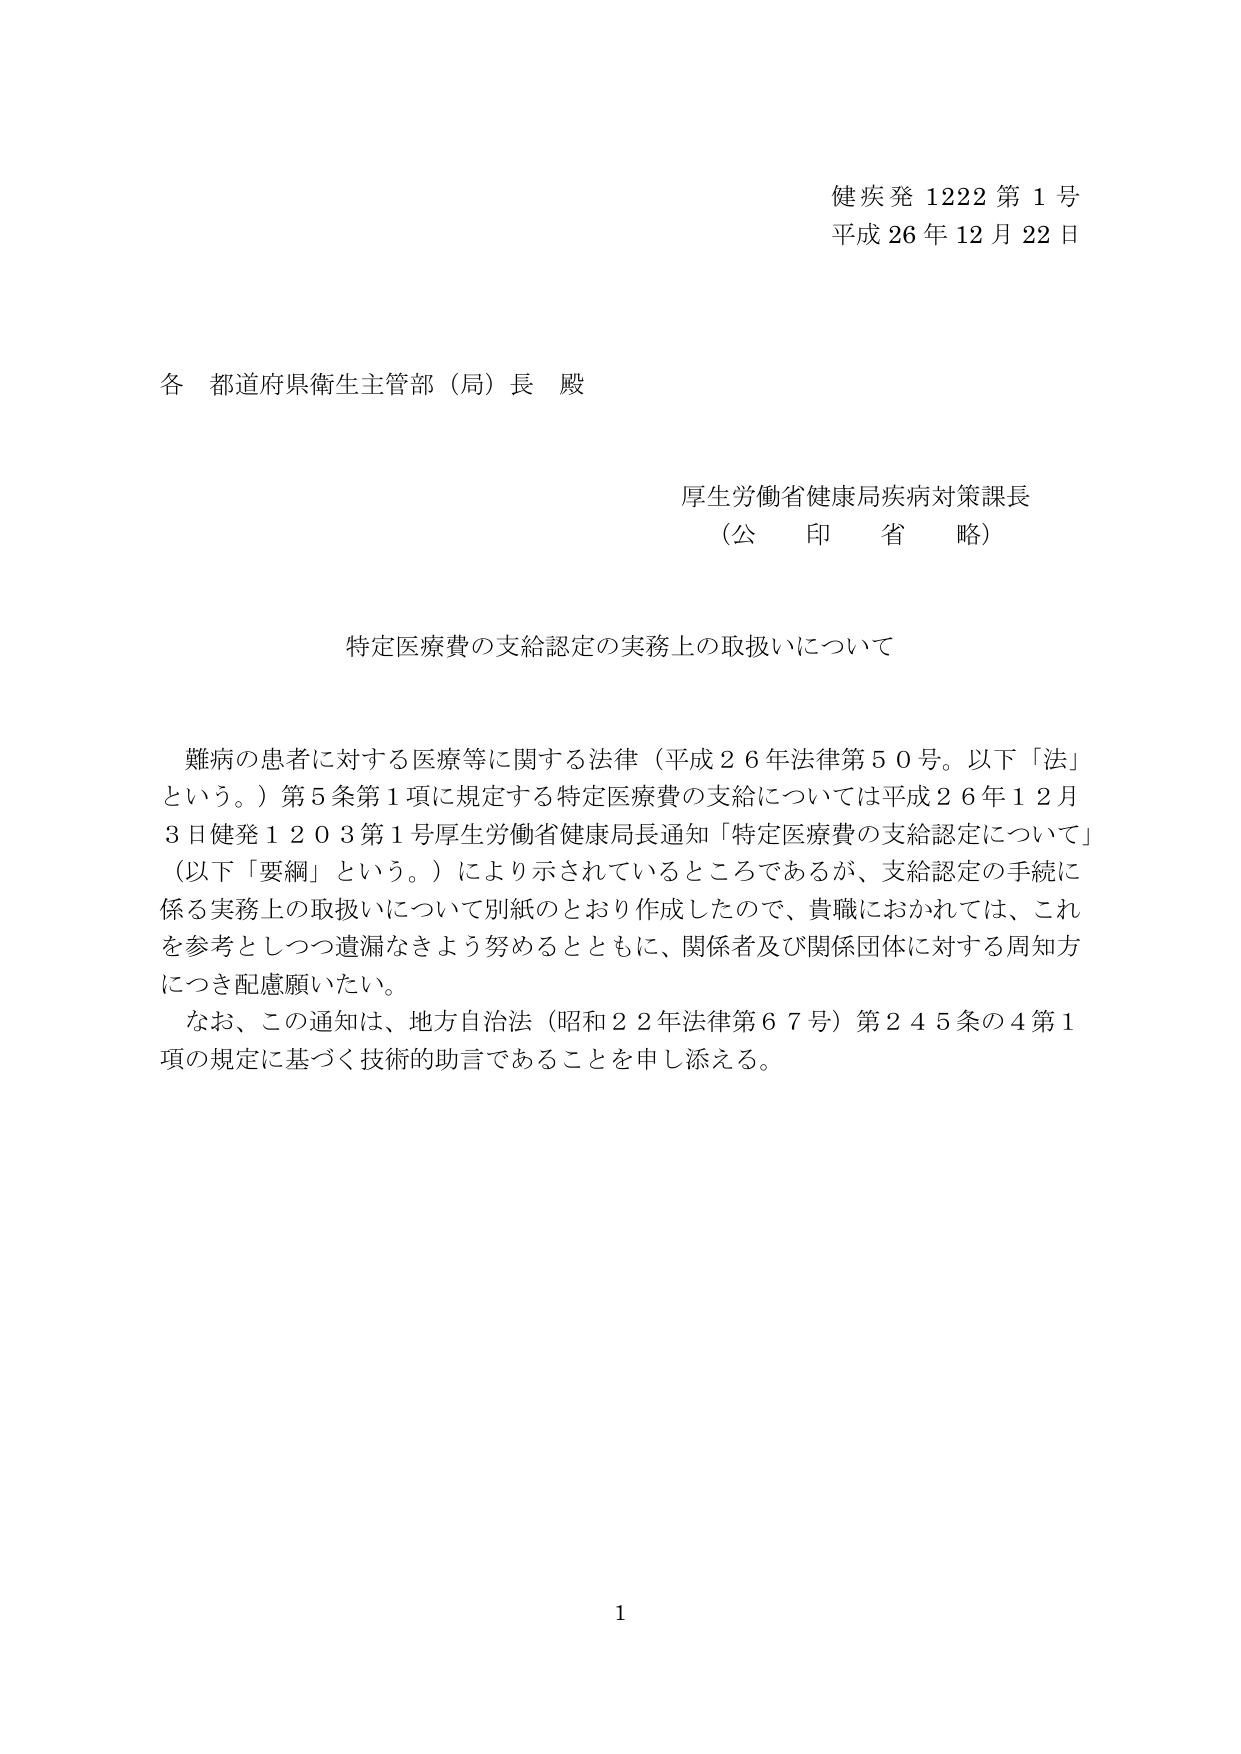
健疾発 1222 第 1 号
平成 26 年 12 月 22 日

各 都道府県衛生主管部（局）長 殿

厚生労働省健康局疾病対策課長
（公 印 省 略）

特定医療費の支給認定の実務上の取扱いについて

難病の患者に対する医療等に関する法律（平成２６年法律第５０号。以下「法」という。）第５条第１項に規定する特定医療費の支給については平成２６年１２月３日健発１２０３第１号厚生労働省健康局長通知「特定医療費の支給認定について」（以下「要綱」という。）により示されているところであるが、支給認定の手続に係る実務上の取扱いについて別紙のとおり作成したので、貴職におかれては、これを参考としつつ遺漏なきよう努めるとともに、関係者及び関係団体に対する周知方につき配慮願いたい。

なお、この通知は、地方自治法（昭和２２年法律第６７号）第２４５条の４第１項の規定に基づく技術的助言であることを申し添える。

1